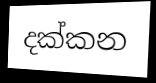
දක්කන